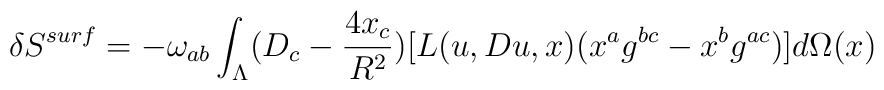
\delta S^{surf}=-\omega_{ab} \int_{\Lambda}(D_c-\frac{4x_c}{R^2})[L(u,Du,x)(x^ag^{bc}-x^bg^{ac})]d\Omega(x)